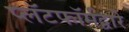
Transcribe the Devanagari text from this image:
प्लॅटफॉर्मद्वारे